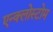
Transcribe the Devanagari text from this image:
एन्क्लोस्टोम